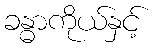
ခန္ဓာကိုယ်နှင့်